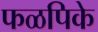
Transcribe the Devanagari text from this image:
फळपिके